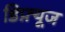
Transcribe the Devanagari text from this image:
डिफ़्यूज